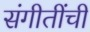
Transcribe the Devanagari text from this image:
संगीतींची